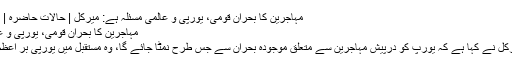
مہاجرين کا بحران قومی، يورپی و عالمی مسئلہ ہے: ميرکل | حالات حاضرہ | DW | 24.09.2015
مہاجرين کا بحران قومی، يورپی و عالمی مسئلہ ہے: ميرکل
جرمن چانسلر انگيلا ميرکل نے کہا ہے کہ يورپ کو درپيش مہاجرين سے متعلق موجودہ بحران سے جس طرح نمٹا جائے گا، وہ مستقبل ميں يورپی بر اعظم پر کافی اثر انداز ہوگا۔